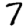
Digit: 7